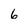
Character: 6